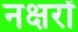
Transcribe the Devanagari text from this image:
नक्षरों